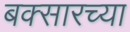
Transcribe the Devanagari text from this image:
बक्सारच्या